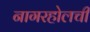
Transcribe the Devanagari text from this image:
नागरहोलची